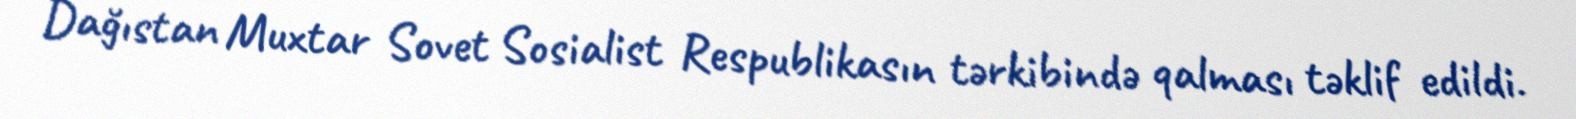
Dağıstan Muxtar Sovet Sosialist Respublikasın tərkibində qalması təklif edildi.